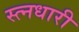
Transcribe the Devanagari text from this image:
स्त्नधारी